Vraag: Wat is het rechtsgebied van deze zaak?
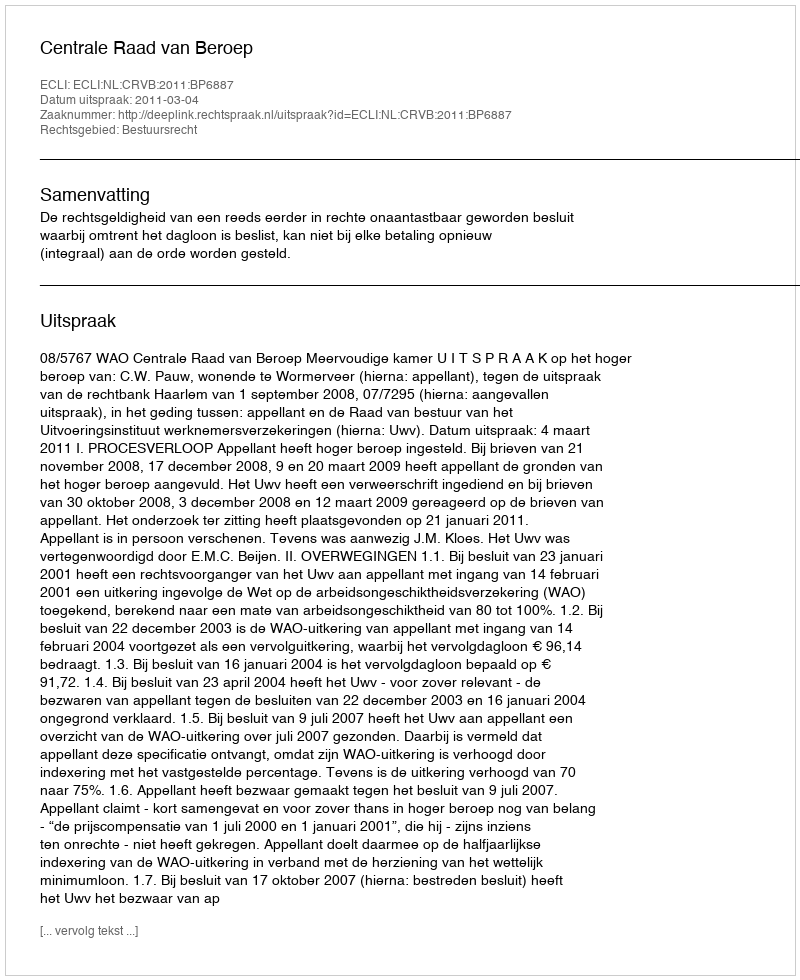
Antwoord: Bestuursrecht